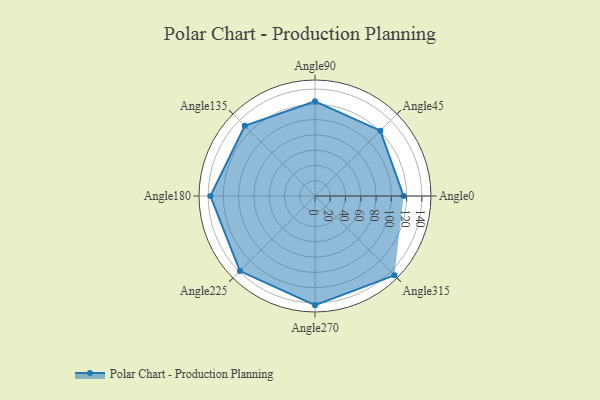
{"axis": {"x": "Angle", "y": "Radius"}, "legend": [""], "data": [{"x": "Angle0", "y": 116.0, "type": ""}, {"x": "Angle45", "y": 121.0, "type": ""}, {"x": "Angle90", "y": 124.0, "type": ""}, {"x": "Angle135", "y": 130.0, "type": ""}, {"x": "Angle180", "y": 137.0, "type": ""}, {"x": "Angle225", "y": 139.0, "type": ""}, {"x": "Angle270", "y": 143.0, "type": ""}, {"x": "Angle315", "y": 147.0, "type": ""}]}